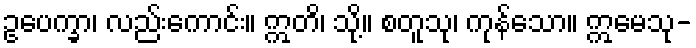
ဥပေက္ခာ၊ လည်းကောင်း။ ဣတိ၊ သို့။ စတူသု၊ ကုန်သော။ ဣမေသု-